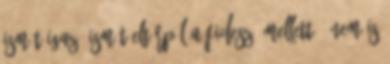
Ismét igaz, ismét eltörpül a fideszé mellett. "Nem is